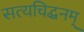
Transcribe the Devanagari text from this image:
सत्यचिद्धनम्